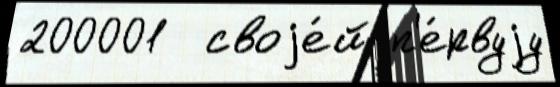
200001  своjе́й п'е́рвуjу